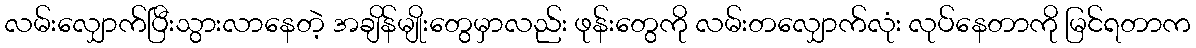
လမ်းလျှောက်ပြီးသွားလာနေတဲ့ အချိန်မျိုးတွေမှာလည်း ဖုန်းတွေကို လမ်းတလျှောက်လုံး လုပ်နေတာကို မြင်ရတာက